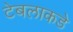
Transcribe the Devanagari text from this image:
टेबलाकडे